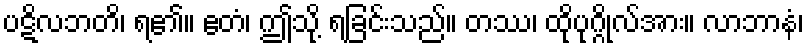
ပဋိလဘတိ၊ ရ၏။ ဧတံ၊ ဤသို့ ရခြင်းသည်။ တဿ၊ ထိုပုဂ္ဂိုလ်အား။ လာဘာနံ၊